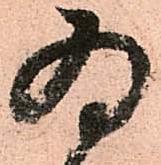
為